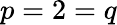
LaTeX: p=2=q